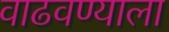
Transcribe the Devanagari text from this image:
वाढवण्याला